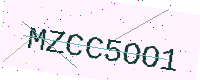
Text: MZCC5OO1